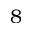
8